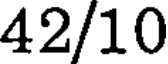
42/10